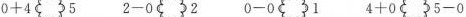
$$0 + 4 5$$ $$2 - 0 2$$ $$0 - 0 1$$ $$4 + 0 5 - 0$$